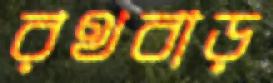
রথবাড়